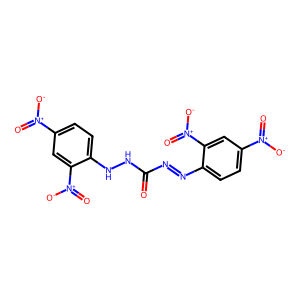
SMILES: O=C(N=Nc1ccc([N+](=O)[O-])cc1[N+](=O)[O-])NNc1ccc([N+](=O)[O-])cc1[N+](=O)[O-]
Inhibits HIV replication: No